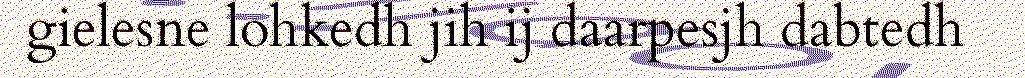
gielesne lohkedh jih ij daarpesjh dabtedh